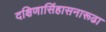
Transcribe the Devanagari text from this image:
दक्षिणासिंहासनारूढा